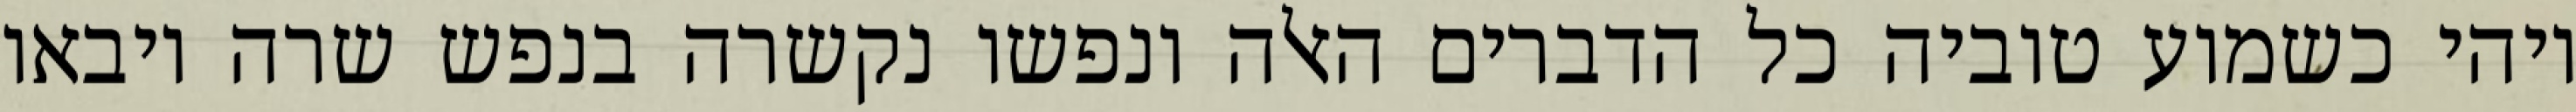
ויהי כשמוע טוביה כל הדברים האלה ונפשו נקשרה בנפש שרה ויבאו